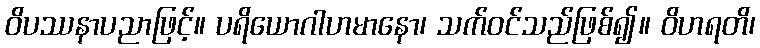
ဝိပဿနာပညာဖြင့်။ ပရိယောဂါဟမာနော၊ သက်ဝင်သည်ဖြစ်၍။ ဝိဟရတိ၊